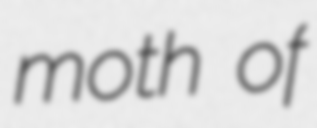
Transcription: moth of